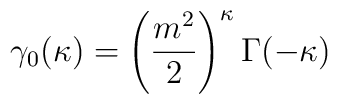
\gamma_0 (\kappa) = \left( \frac{m^2}{2} \right)^\kappa \Gamma (-\kappa)